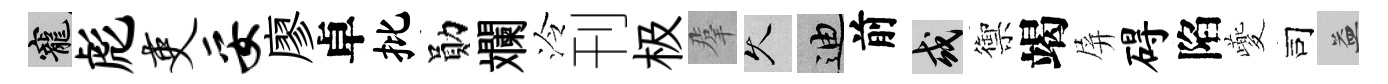
寵彪吏妥廖卓批勛斕泠刊极羣久迪前或禦竭屏碍陷夔司益